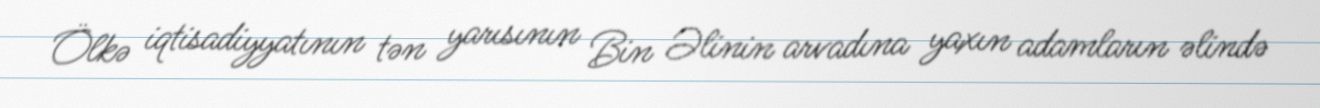
Ölkə iqtisadiyyatının tən yarısının Bin Əlinin arvadına yaxın adamların əlində